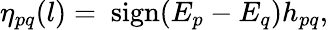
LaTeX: \eta_{pq}(l)=\mathrm{~sign}(E_{p}-E_{q})h_{pq},